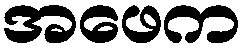
အဖေက